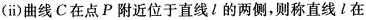
(ⅱ)曲线C在点P附近位于直线l的两侧，则称直线l在